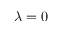
\lambda = 0